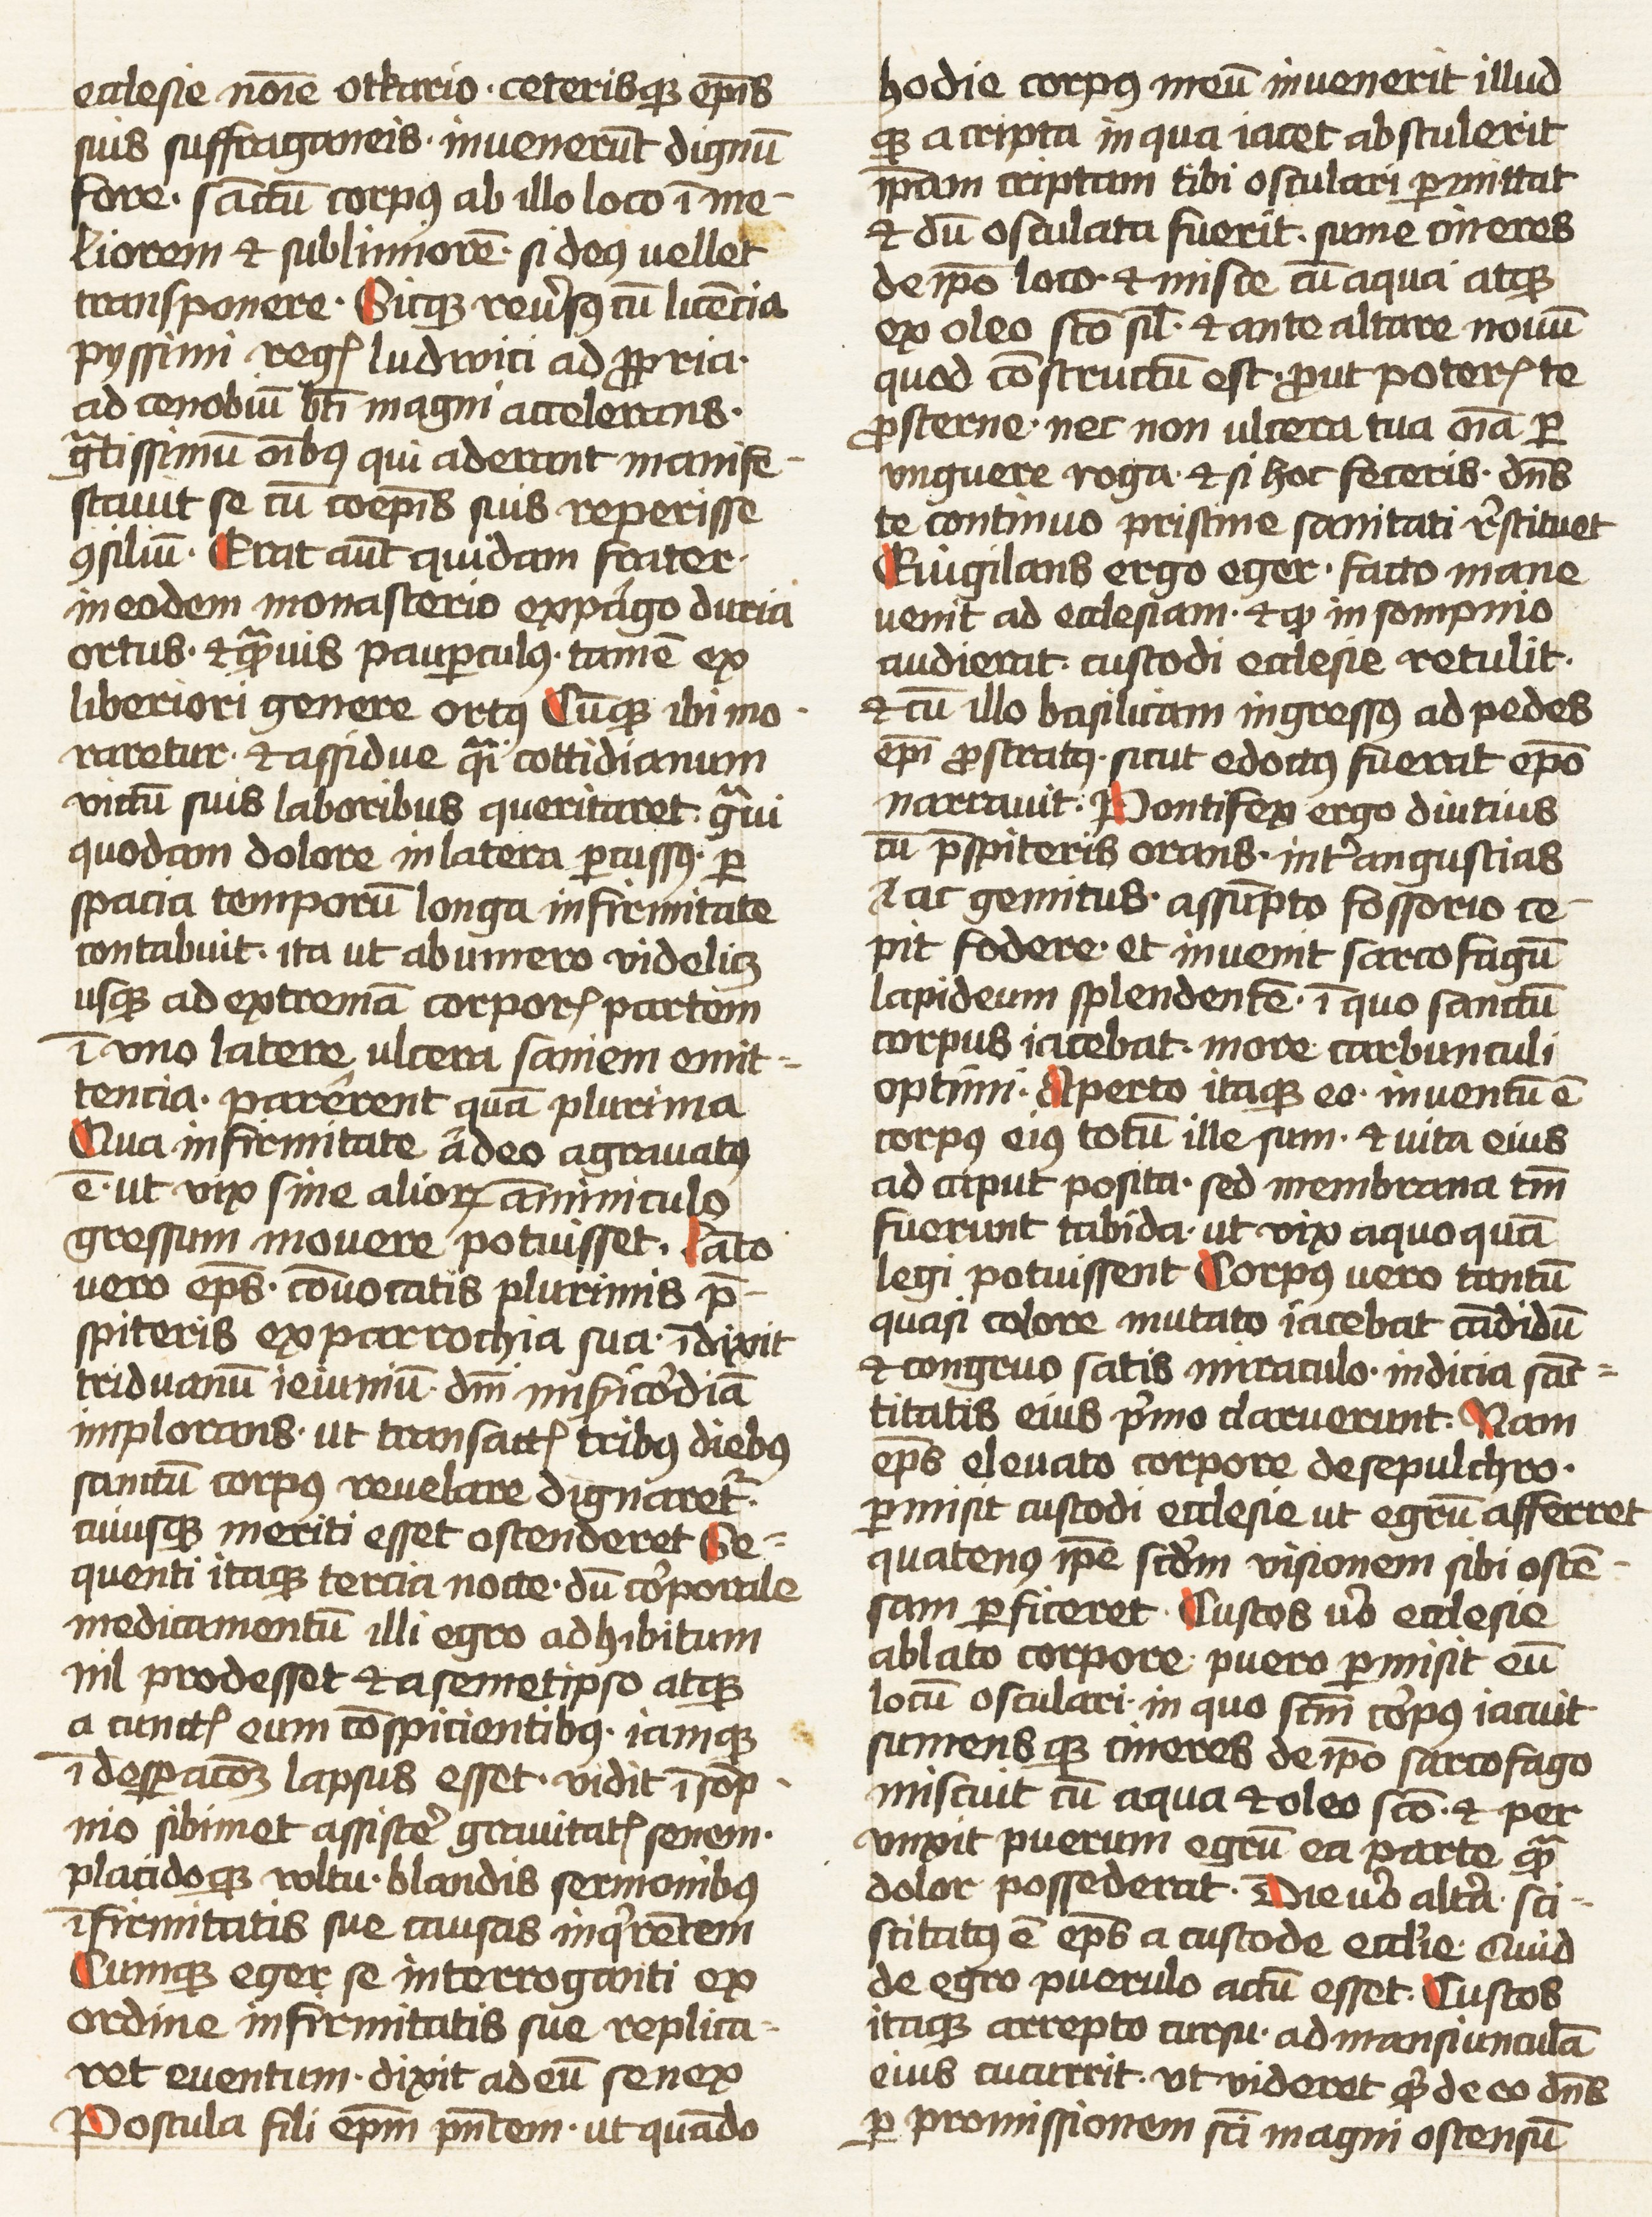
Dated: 1452–1459